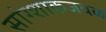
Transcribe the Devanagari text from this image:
सांग्शाकजवळ